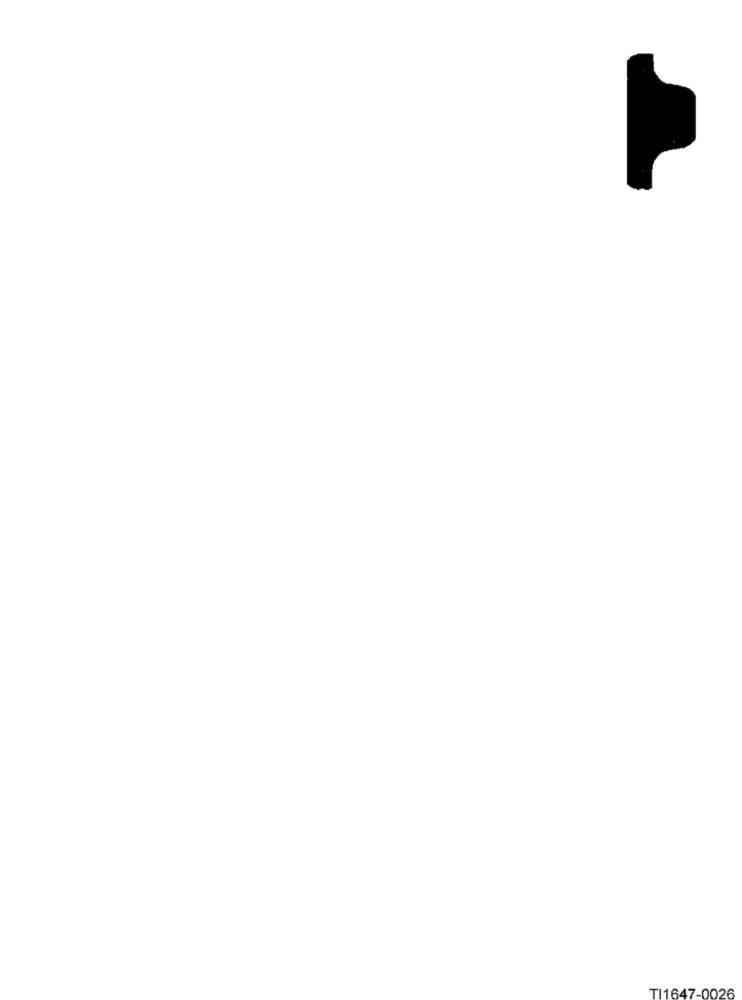
TI1647-0026